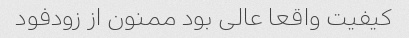
کیفیت واقعا عالی بود ممنون از زودفود